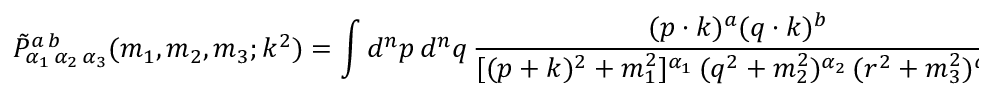
\tilde { \cal P } _ { \alpha _ { 1 } \, \alpha _ { 2 } \, \alpha _ { 3 } } ^ { a \, b } ( m _ { 1 } , m _ { 2 } , m _ { 3 } ; k ^ { 2 } ) = \int d ^ { n } p \, d ^ { n } q \, \frac { ( p \cdot k ) ^ { a } ( q \cdot k ) ^ { b } } { [ ( p + k ) ^ { 2 } + m _ { 1 } ^ { 2 } ] ^ { \alpha _ { 1 } } \, ( q ^ { 2 } + m _ { 2 } ^ { 2 } ) ^ { \alpha _ { 2 } } \, ( r ^ { 2 } + m _ { 3 } ^ { 2 } ) ^ { \alpha _ { 3 } } } ~ ~ .